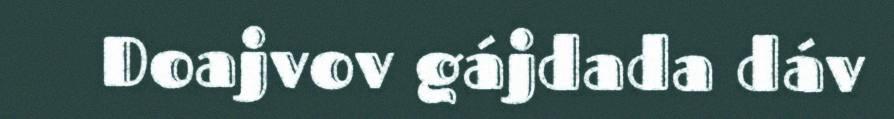
Doajvov gájdada dáv